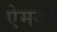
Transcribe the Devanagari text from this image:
ऐमगों